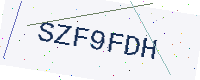
Text: SZF9FDH